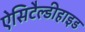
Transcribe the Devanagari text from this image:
ऐसिटैल्डीहाइड